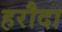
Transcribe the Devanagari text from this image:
हरौदा